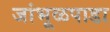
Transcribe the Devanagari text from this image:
जांभूळपाडा